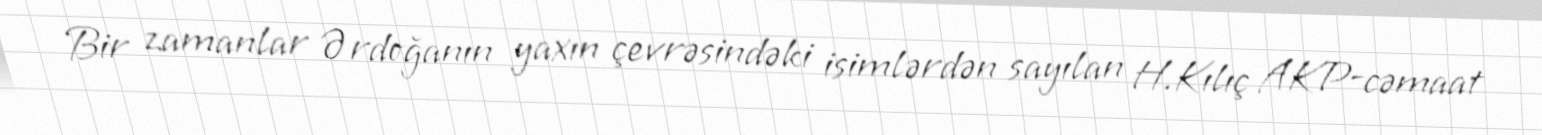
Bir zamanlar Ərdoğanın yaxın çevrəsindəki isimlərdən sayılan H.Kılıç AKP-cəmaat